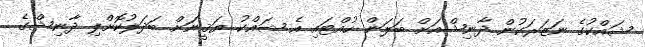
ޝައްކުގެ ނަޒަރަކުން ދާނިޝްއަށް ބަލަން ހުއްޓައި އެ ޝައްކު ޔަޤީނަަށް ބަދަލުކޮށްލި ދާނިޝްގެ